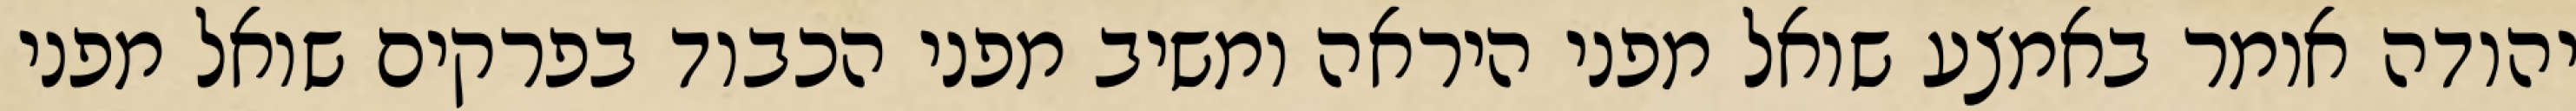
יהודה אומר באמצע שואל מפני היראה ומשיב מפני הכבוד בפרקים שואל מפני